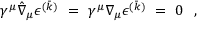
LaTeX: \gamma ^ { \mu } \hat { \nabla } _ { \mu } \epsilon ^ { ( \bar { k } ) } ~ = ~ \gamma ^ { \mu } \nabla _ { \mu } \epsilon ^ { ( \bar { k } ) } ~ = ~ 0 \ \ ,